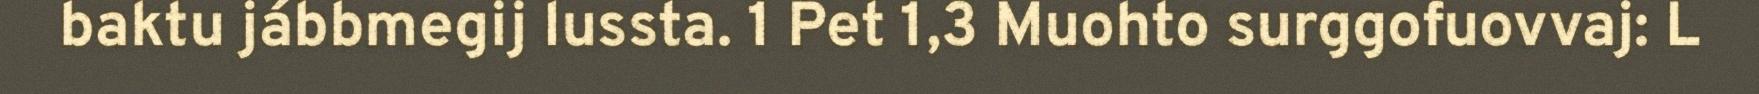
baktu jábbmegij lussta. 1 Pet 1,3 Muohto surggofuovvaj: L